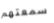
سمعتهم